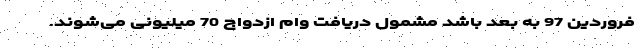
فروردین 97 به بعد باشد مشمول دریافت وام ازدواج 70 میلیونی می‌شوند.